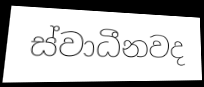
ස්වාධීනවද